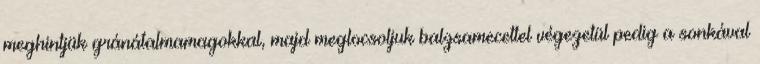
meghintjük gránátalmamagokkal, majd meglocsoljuk balzsamecettel végezetül pedig a sonkával